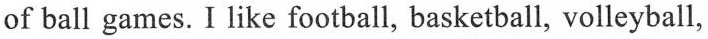
of ball games. I like football, basketball, volleyball,